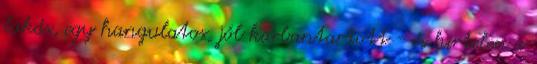
lakás, egy hangulatos, jól karbantartott - és hirtelen a